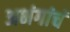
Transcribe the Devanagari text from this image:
अभंगांचं